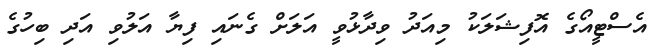
އެސްޓީއޯގެ އޮފިޝަލަކު މިއަދު ވިދާޅުވީ އަލަށް ގެނައި ފިޔާ އަލުވި އަދި ބިހުގެ